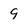
Character: 9